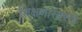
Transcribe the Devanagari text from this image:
शिक्षणासारखे